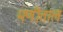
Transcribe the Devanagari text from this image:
मणीताल